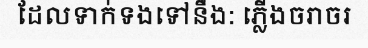
ដែលទាក់ទងទៅនឹង: ភ្លើងចរាចរ